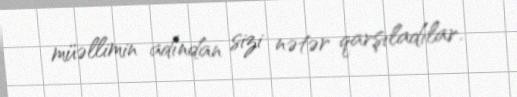
müəllimin adından sizi nətər qarşıladılar.